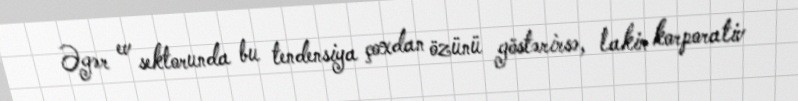
Əgər ev sektorunda bu tendensiya çoxdan özünü göstərirsə, lakin korporativ